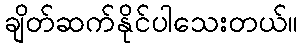
ချိတ်ဆက်နိုင်ပါသေးတယ်။